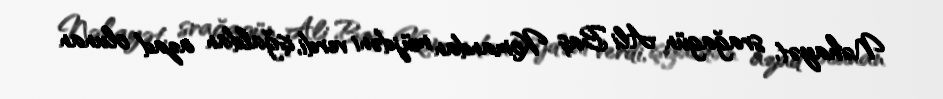
Nəhayət, srağagün Ali Baş Komandan müjdəni verdi, işğaldan azad olunan